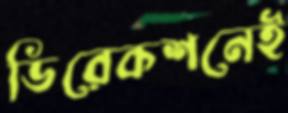
ডিরেকশনেই